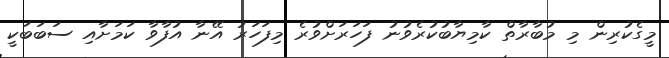
މީގެކުރިން މި މުބާރާތް ކާމިޔާބުކުރެވުނު ފަހަރަށްވުރެ މިފަހަރު އޭނާ އުފާވާ ކަމަށާއި ސަބަބަކީ